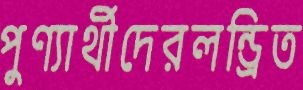
পুণ্যার্থীদেরলন্ড্রিত